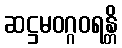
ဆဋ္ဌမဝဂ္ဂဝရန္တိ